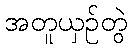
အတူယှဉ်တွဲ